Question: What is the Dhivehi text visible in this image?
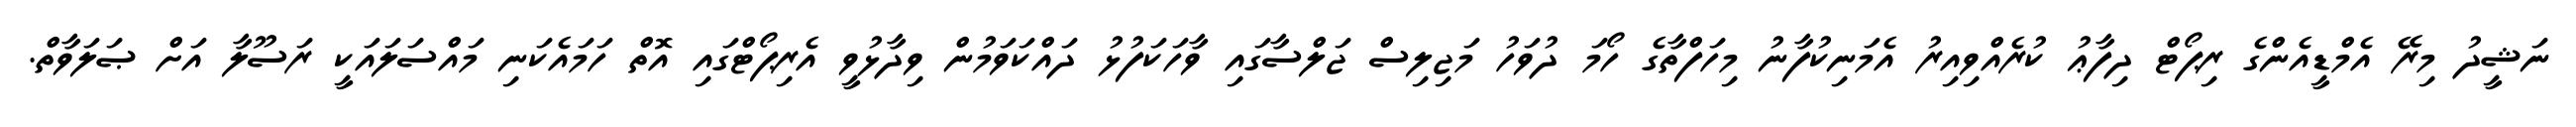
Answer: ނަޝީދު މިރޭ އެމްޑީއެންގެ ރިޕޯޓް ދިފާޢު ކުރެއްވިއިރު އެމަނިކުފާނު މިހަފްތާގެ ހޯމަ ދުވަހު މަޖިލިސް ޖަލްސާގައި ވާހަކަފުޅު ދައްކަވަމުން ވިދާޅުވީ އެރިޕޯޓްގައި އޮތް ހަމައެކަނި މައްސަލައަކީ ރަސޫލާ އަށް ޞަލަވާތް.